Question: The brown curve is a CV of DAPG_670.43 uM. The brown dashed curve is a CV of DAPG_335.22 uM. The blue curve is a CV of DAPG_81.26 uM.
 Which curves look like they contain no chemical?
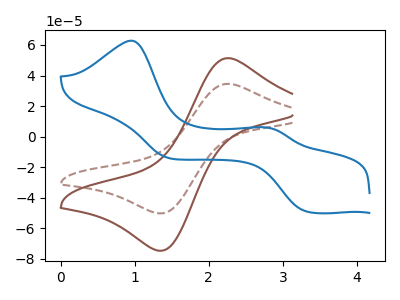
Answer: <think>The brown curve "DAPG_670.43 uM" has an anodic peak at (2.25V, 51.35uA) and a cathodic peak at (1.30V, -74.70uA). The brown dashed curve "DAPG_335.22 uM" has an anodic peak at (2.25V, 34.55uA) and a cathodic peak at (1.30V, -50.25uA). The blue curve "DAPG_81.26 uM" has anodic peaks at (0.95V, 62.80uA) (2.75V, 6.05uA) and cathodic peaks at (3.30V, -48.95uA) (1.45V, -14.00uA).</think>
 <answer>There are not any CV's on this graph that are likely to be blanks.</answer>
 <eval>none</eval>